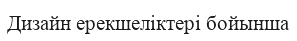
Дизайн ерекшеліктері бойынша